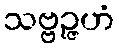
သဗ္ဗဉ္ဇဟံ